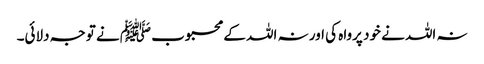
نہ اللہ نے خود پرواہ کی اور نہ اللہ کے محبوب ﷺ نے توجہ دلائی۔